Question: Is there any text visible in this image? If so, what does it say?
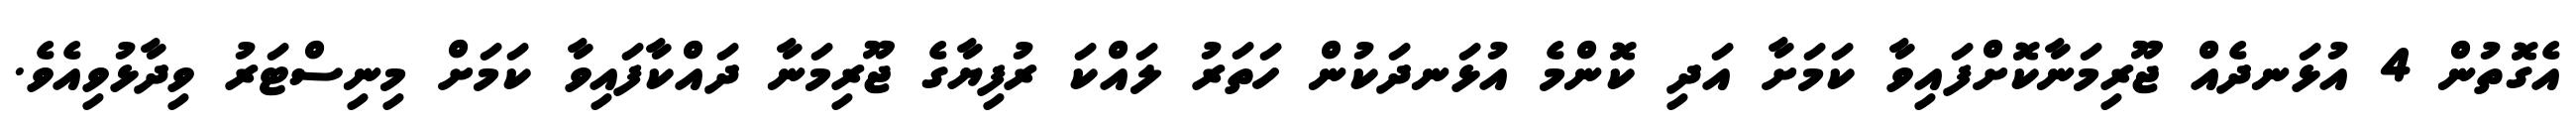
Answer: އެގޮތުން 4 އުޅަނދެއް ޖޫރިމަނާކޮށްފައިވާ ކަމަށާ އަދި ކޮންމެ އުޅަނދަކުން ހަތަރު ލައްކަ ރުފިޔާގެ ޖޫރިމަނާ ދައްކާފައިވާ ކަމަށް މިނިސްޓަރު ވިދާޅުވިއެވެ.